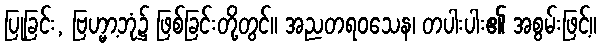
ပြုခြင်း, ဗြဟ္မာ့ဘုံ၌ ဖြစ်ခြင်းတို့တွင်။ အညတရဝသေန၊ တပါးပါး၏ အစွမ်းဖြင့်။